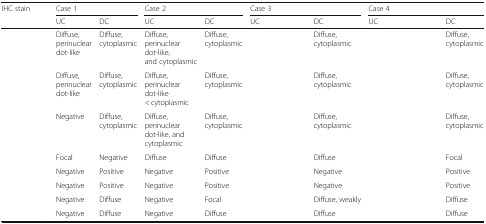
<table><thead><tr><td rowspan="2"><b>IHC stain</b></td><td colspan="2"><b>Case 1</b></td><td colspan="2"><b>Case 2</b></td><td colspan="2"><b>Case 3</b></td><td colspan="2"><b>Case 4</b></td></tr><tr><td><b>UC</b></td><td><b>DC</b></td><td><b>UC</b></td><td><b>DC</b></td><td><b>UC</b></td><td><b>DC</b></td><td><b>UC</b></td><td><b>DC</b></td></tr></thead><tbody><tr><td>[EMPTY_CELL]</td><td>Diffuse, perinuclear dot-like</td><td>Diffuse, cytoplasmic</td><td>Diffuse, perinuclear dot-like, and cytoplasmic</td><td>Diffuse, cytoplasmic</td><td>[EMPTY_CELL]</td><td>Diffuse, cytoplasmic</td><td>[EMPTY_CELL]</td><td>Diffuse, cytoplasmic</td></tr><tr><td>[EMPTY_CELL]</td><td>Diffuse, perinuclear dot-like</td><td>Diffuse, cytoplasmic</td><td>Diffuse, perinuclear dot-like &lt; cytoplasmic</td><td>Diffuse, cytoplasmic</td><td>[EMPTY_CELL]</td><td>Diffuse, cytoplasmic</td><td>[EMPTY_CELL]</td><td>Diffuse, cytoplasmic</td></tr><tr><td>[EMPTY_CELL]</td><td>Negative</td><td>Diffuse, cytoplasmic</td><td>Diffuse, perinuclear dot-like, and cytoplasmic</td><td>Diffuse, cytoplasmic</td><td>[EMPTY_CELL]</td><td>Diffuse, cytoplasmic</td><td>[EMPTY_CELL]</td><td>Diffuse, cytoplasmic</td></tr><tr><td>[EMPTY_CELL]</td><td>Focal</td><td>Negative</td><td>Diffuse</td><td>Diffuse</td><td>[EMPTY_CELL]</td><td>Diffuse</td><td>[EMPTY_CELL]</td><td>Focal</td></tr><tr><td>[EMPTY_CELL]</td><td>Negative</td><td>Positive</td><td>Negative</td><td>Positive</td><td>[EMPTY_CELL]</td><td>Negative</td><td>[EMPTY_CELL]</td><td>Positive</td></tr><tr><td>[EMPTY_CELL]</td><td>Negative</td><td>Positive</td><td>Negative</td><td>Positive</td><td>[EMPTY_CELL]</td><td>Negative</td><td>[EMPTY_CELL]</td><td>Positive</td></tr><tr><td>[EMPTY_CELL]</td><td>Negative</td><td>Diffuse</td><td>Negative</td><td>Focal</td><td>[EMPTY_CELL]</td><td>Diffuse, weakly</td><td>[EMPTY_CELL]</td><td>Diffuse</td></tr><tr><td>[EMPTY_CELL]</td><td>Negative</td><td>Diffuse</td><td>Negative</td><td>Diffuse</td><td>[EMPTY_CELL]</td><td>Diffuse</td><td>[EMPTY_CELL]</td><td>Diffuse</td></tr></tbody></table>